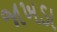
જાખડા